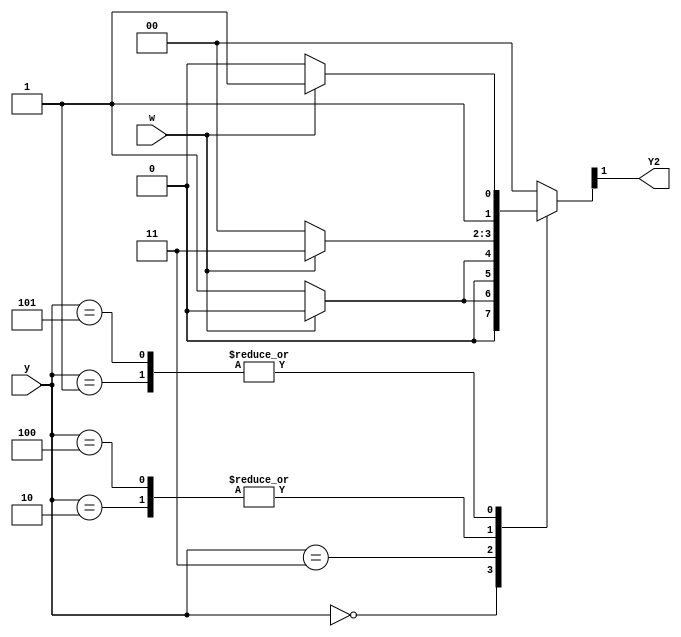
module top_module (
    input [3:1] y,
    input w,
    output Y2);
    
    localparam A = 3'b000, B= 3'b001, C= 3'b010, D= 3'b011, E= 3'b100, F= 3'b101;
    reg [2:0] temp;
    
    always @(*) begin
        case(y)
            A: temp <= (w)?A:B;
            B: temp <= (w)?D:C;
            C: temp <= (w)?D:E;
            D: temp <= (w)?A:F;
            E: temp <= (w)?D:E;
            F: temp <= (w)?D:C;
            default: temp <= A;
        endcase
    end
    
    assign Y2 = temp[1];

endmodule